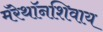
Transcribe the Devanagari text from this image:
मॅरेथॉनशिवाय